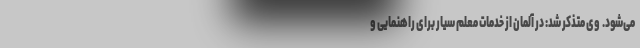
می‌شود. ‌ وی متذکر شد: در آلمان از خدمات معلم سیار برای راهنمایی و